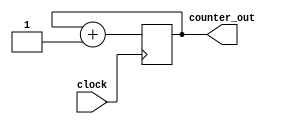
module simple_counter2 (input clock , output reg [127:0] counter_out); 
always @ (posedge clock)// on positive clock edge
begin 
 counter_out <= #1 counter_out + 1;// increment counter
end 
endmodule